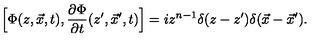
\Big [ \Phi ( z , \vec { x } , t ) , { \frac { \partial \Phi } { \partial t } } ( z ^ { \prime } , \vec { x } ^ { \prime } , t ) \Big ] = i z ^ { n - 1 } \delta ( z - z ^ { \prime } ) \delta ( \vec { x } - { \vec { x } } ^ { \prime } ) .